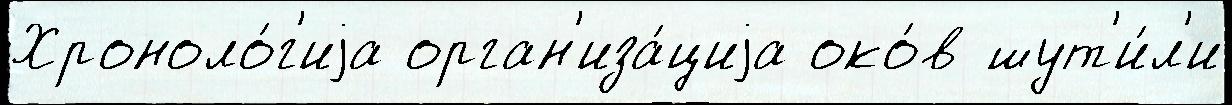
Хроноло́г'иjа орган'иза́циjа око́в шут'и́л'и